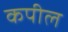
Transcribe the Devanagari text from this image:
कपील